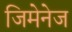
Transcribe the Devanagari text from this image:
जिमेनेज